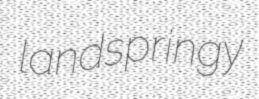
landspringy